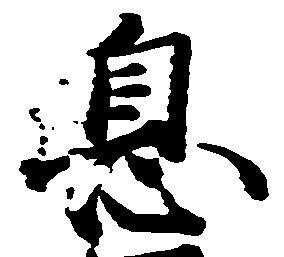
息